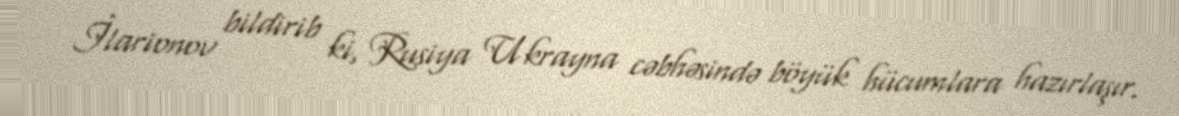
İlarionov bildirib ki, Rusiya Ukrayna cəbhəsində böyük hücumlara hazırlaşır.